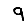
Digit: 9